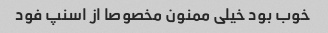
خوب بود خیلی ممنون مخصوصا از اسنپ فود